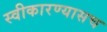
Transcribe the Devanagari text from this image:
स्वीकारण्यासच